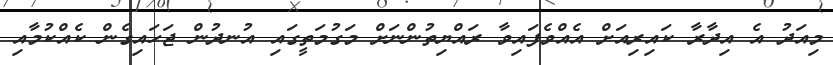
މިއަދު އެ އިދާރާ ކައިރިއަށް އެެއްވެފައިވާ ރައްޔިތުންނަށް މަގުމަތީގައި އުނދުން ޖަހައިގެން ކެއްކުމާއި